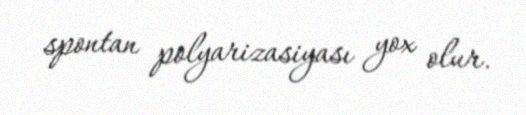
spontan polyarizasiyası yox olur.